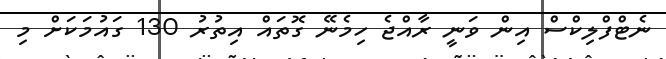
ނެޓްފްލިކްސް އިން ވަނީ ރާއްޖެ ހިމެނޭ ގޮތައް އިތުރު 130 ގައުމަކަށް މި